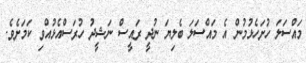
މައްސަލަ ހުށަހެޅުމުން އެ މައްސަލަ ބެލިޔަ ނުދީ ރައީސް ނަޝީދު ހުރަސްއެޅުއްވި ކަމަށެވެ.